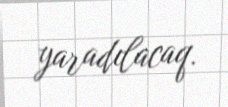
yaradılacaq.